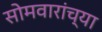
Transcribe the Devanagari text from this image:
सोमवारांच्या